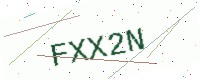
Text: FXX2N